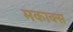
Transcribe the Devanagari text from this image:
मकाक्स